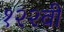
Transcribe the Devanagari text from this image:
१२२वी